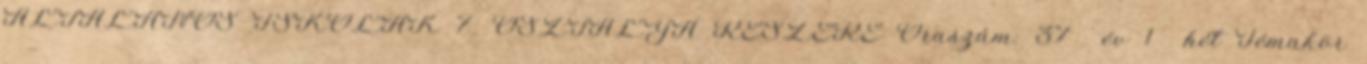
ÁLTALÁNOS ISKOLÁK 7. OSZTÁLYA RÉSZÉRE Óraszám: 37 év 1 hét Témakör